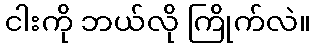
ငါးကို ဘယ်လို ကြိုက်လဲ။